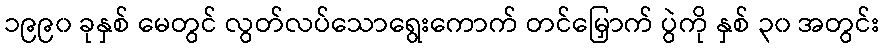
၁၉၉၀ ခုနှစ် မေတွင် လွတ်လပ်သောရွေးကောက် တင်မြှောက် ပွဲကို နှစ် ၃၀ အတွင်း